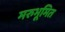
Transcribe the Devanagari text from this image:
मरुभूमित